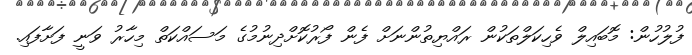
ފުލުހުން: މޮބައިލް ވެހިކަލްތަކުން ރައްޔިތުންނަށް ފެން ފޯރުކޮށްދިނުމުގެ މަސައްކަތް މިހާރު ވަނީ ފަށާފައި.